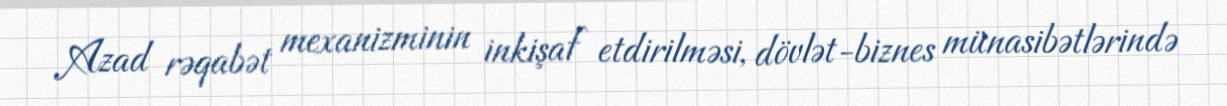
Azad rəqabət mexanizminin inkişaf etdirilməsi, dövlət-biznes münasibətlərində